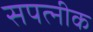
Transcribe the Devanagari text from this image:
सपत्‍नीक